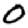
Digit: 0